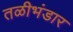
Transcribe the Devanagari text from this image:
तळीभंडार